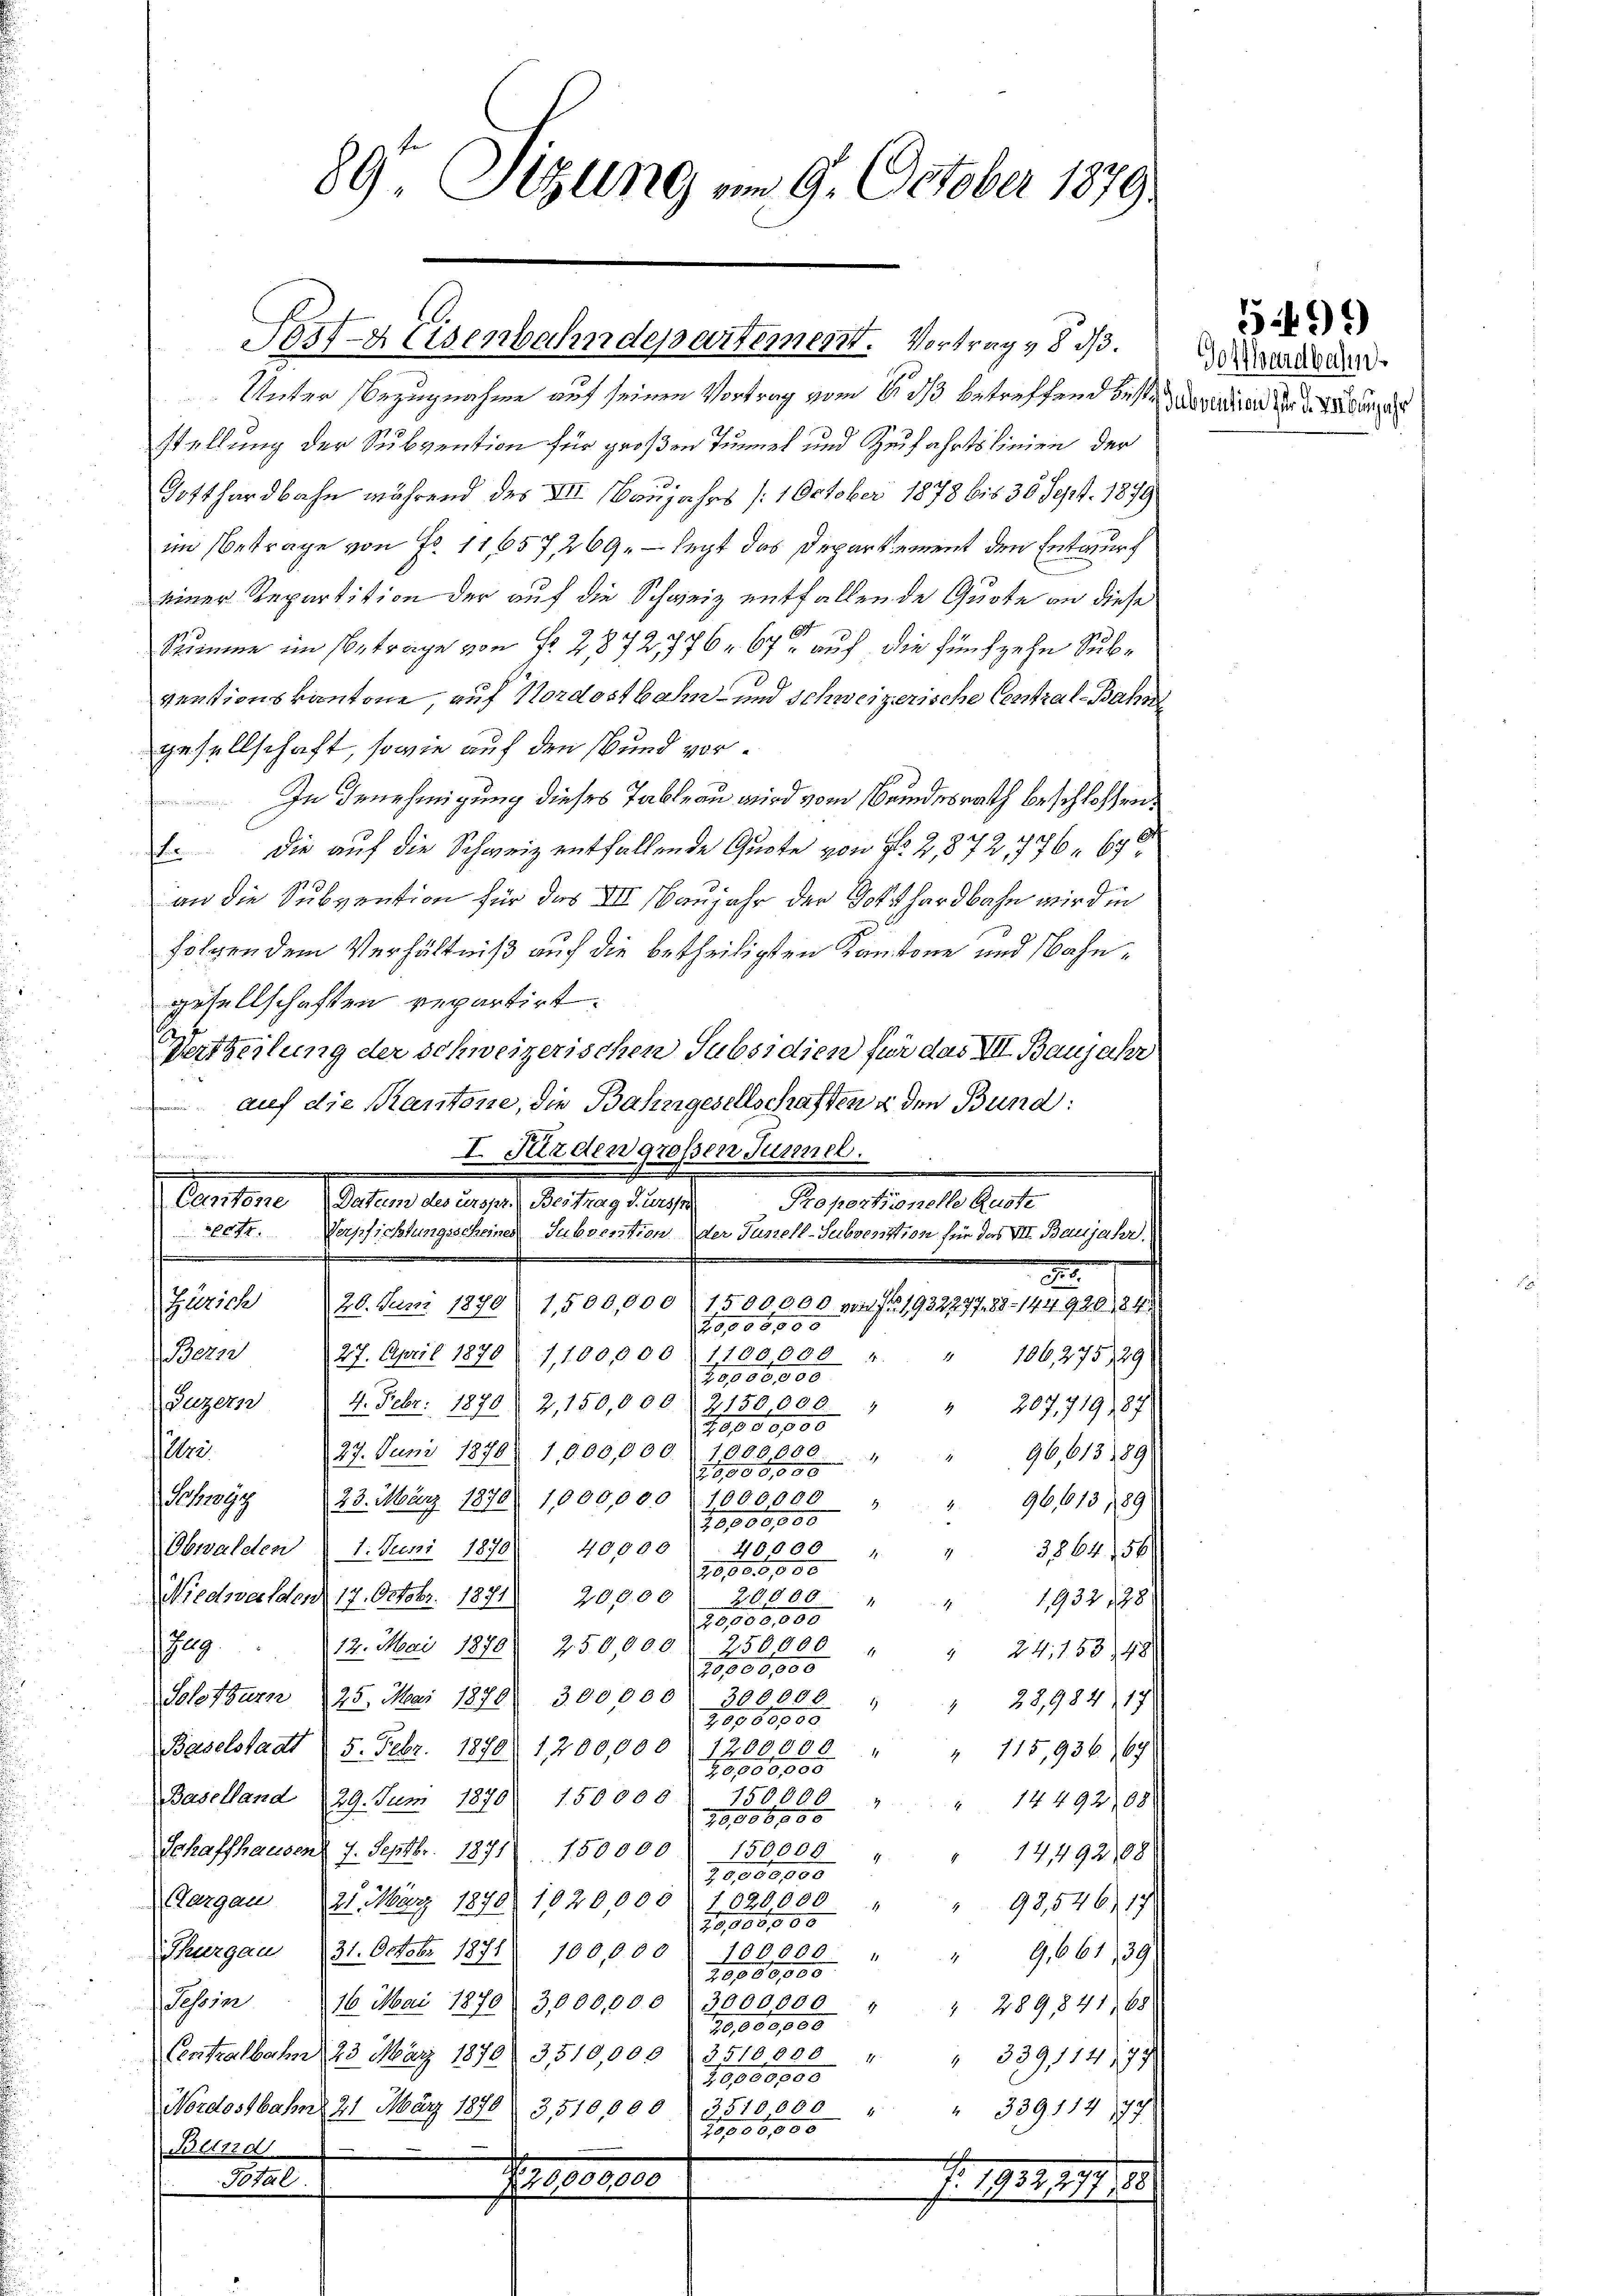
89 Sizung am 9. October 1879.

Post- & Eisenbahndepartement. Vortrag & 8. d.

Unter Bezugnahme auf seinen Vortrag vom 21. ds betreffend beste
stellung der Subvention für großen Tunnel und Zufahrtslinien der
Gotthardbahn während des XII. Baujahrs /:1 October 1878 bis 36 Sept. 1879
im Betrage von Fr. 11,657, 269. — legt das Departement den Entwurf
einer Repartition der auf die Schweiz entfallende Quote an diese
8
Stimme im Betrage von Fr. 2,872/776. 67 auf die fünfzehn Sube
ventionskantone, auf Nordostbahn- und Schweizerische Central-Bahgesellschaft, sowie auf den und vor¬
In Genehmigung dieses Tableau wird vom Beindesrath beschlossen,
E die auf die Schweiz entfallende Quote von No 2,872, 1776, 690
an die Subvention für das III. Banjahr der Gotthardbahn wird in
folgen dem Verhältniß auf die betheiligten Kantone und Bahngesellschaften repartirt.
Vertheilung der schweizerischen Subsidien für das VII. Banjahr
 auf die Kantone, die Bahngesellschaften u den Bund:
I. Fürden großen Tunnel.
n
.
Cantone (Datum des urspr. Bertrag d. Ursst
Proportionelle Ruste
eetr. Verpfichtungsscheines Suborsation der Junell-Subvention für das VII. Baujahr,
.
n
.
Zürich
20. Juni 1890. 1500,000 (1500000 von Fr. 193277788 - 144920, 24.
20,000,00
220
27. April 1870 1,100,000 § 1100,000 "
106,27529
20,000,000
Luzern § 4. Febr. 1870) 2,150,000) 2150,000 "
 207,719), 87
10000000
:
27. Juni 1870 1,000,000. 1000000
96,613 189

Schwyz 23. März 1870 1,000,000 : 1000000
96,613, 189
58808605
Obwalden 1. Juni 1870 40,000 " 40000
" 386454
20,000,000
20,000
Niedwalden 17. Octobr. 1871
20,000 "
1932 188
4
20,000,000
79
12. Mai 1870. 250,000 " 250000 " " 241153. 48
20,000,000
Solothurn 25. Mai 1870. 300,000 - 300,000 " " 22,984. 17.
28988905
Baselstadt (5. Febr. 1870. 1200,000 f 1200,000 "
" 715,936, 67
20100805
150000
Baselland 29. Juni 1870
150000 " " 1449208
29,006888
150009
Schaffhausent 7. Septbr. 1871. 150000
14492188
4
20,000,000
Aargau 25. März 1870 1020,000  2020000
98,546), 17
20,000,000
Thurgau (31. Octobr. 1871. 100,000 : 100000 "
9,661, 39
20,000,000
3000000 4
Tessin . 16. Mai 1870) 3,000,000
" 289,841, 68
79,669,88
Centralbahn 23 März 1870 3510,000
3510,000 " " 339, 114 173
29,169996
3510000
Nordostbahn 21. März 1870 d. 3,510,000
" " 339114 177
10,000,000
Blind
Total
Personen
. 191111.

Gotthardbachen
Subvention für die Verbegehr

5499